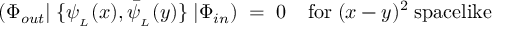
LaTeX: ( \Phi _ { o u t } | \; \{ \psi _ { _ { L } } ( x ) , \bar { \psi } _ { _ { L } } ( y ) \} \; | \Phi _ { i n } ) \; = \; 0 \; \; \; \; \mathrm { f o r } \; ( x - y ) ^ { 2 } \; \mathrm { s p a c e l i k e }